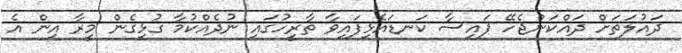
ދައުލަތަށް ދައްކަންޖެހޭ ފައިސާ ކަނޑައެޅިފައިވާ ތާރީހުގައި ނުދެއްކުމާ ގުޅިގެން މީރާ އިން އެ